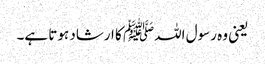
یعنی وہ رسول اللہﷺ کا ارشاد ہوتا ہے۔